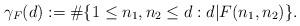
LaTeX: \begin{align*} \gamma_F(d):=\#\{1\leq n_1,n_2\leq d:d|F(n_1,n_2)\}.\end{align*}